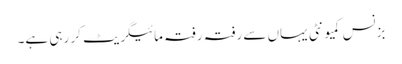
بزنس کمیونٹی یہاں سے رفتہ رفتہ مائیگریٹ کر رہی ہے۔